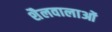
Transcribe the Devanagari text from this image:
शैलवालाओं